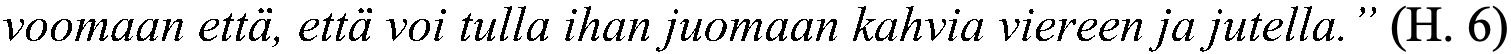
voomaan että, että voi tulla ihan juomaan kahvia viereen ja jutella.” (H. 6)